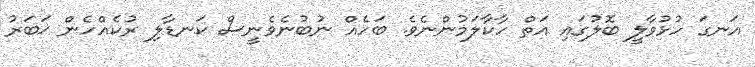
އަނގަ ހުޅުވާލީ ބޮލުގައި އަތް ހާކާލަމުންނެވެ. ބަހެއް ނުބުނެވެނީސް ކަނޑާލި ރުކެއްހެން ޚަބަރު